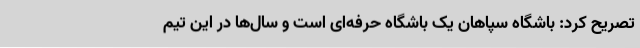
تصریح کرد: باشگاه سپاهان یک باشگاه حرفه‌ای است و سال‌ها در این تیم